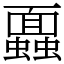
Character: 蠠